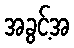
အခွင့်အ